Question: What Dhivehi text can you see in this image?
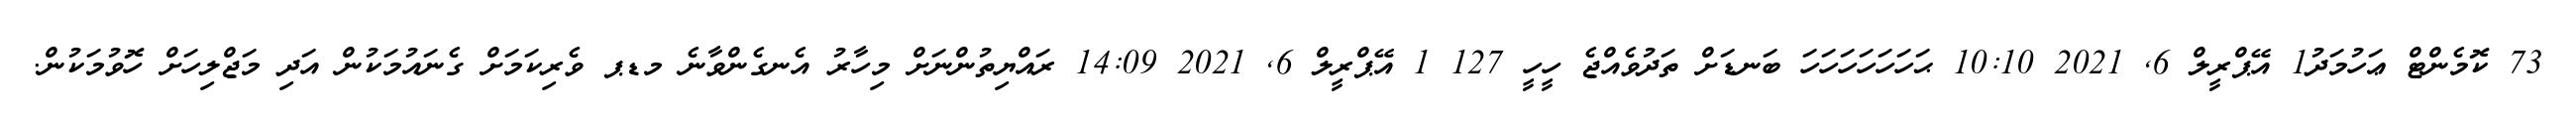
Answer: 73 ކޮމެންޓް ޢަހުމަދު1 އޭޕްރީލް 6, 2021 10:10 ޙަހަހަހަހަހަހަ ބަނޑަށް ތަދުވެއްޖެ ހީހީ 127 1 އޭޕްރީލް 6, 2021 14:09 ރައްޔިތުންނަށް މިހާރު އެނގެންވާނެ މޑޕ ވެރިކަމަށް ގެނައުމަކުން އަދި މަޖްލިހަށް ހޮވުމަކުން.